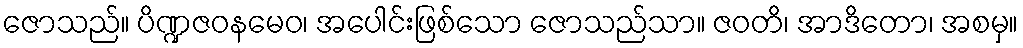
ဇောသည်။ ပိဏ္ဍဇဝနမေဝ၊ အပေါင်းဖြစ်သော ဇောသည်သာ။ ဇဝတိ၊ အာဒိတော၊ အစမှ။